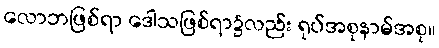
လောဘဖြစ်ရာ ဒေါသဖြစ်ရာ၌လည်း ရုပ်အစုနာမ်အစု။